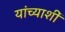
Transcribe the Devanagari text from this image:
यांच्याशीं